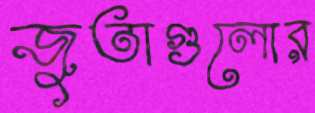
জুতাগুলোর